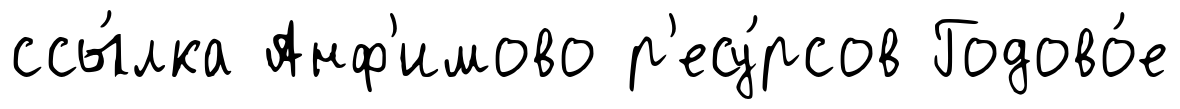
ссы́лка Анф'имово р'есу́рсов Годово́е